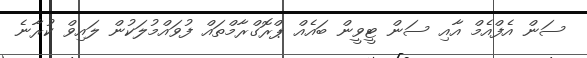
ސަން އެފްއެމް އާއި ސަން ޓީވީން ބައެއް ޕްރޮގްރާމްތައް ފުވައްމުލަކުން ލައިވް ކުރާނެ